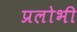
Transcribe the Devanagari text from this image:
प्रलोभी